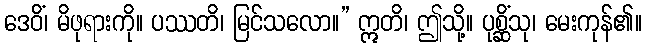
ဒေဝိံ၊ မိဖုရားကို။ ပဿတိ၊ မြင်သလော။” ဣတိ၊ ဤသို့။ ပုစ္ဆိံသု၊ မေးကုန်၏။